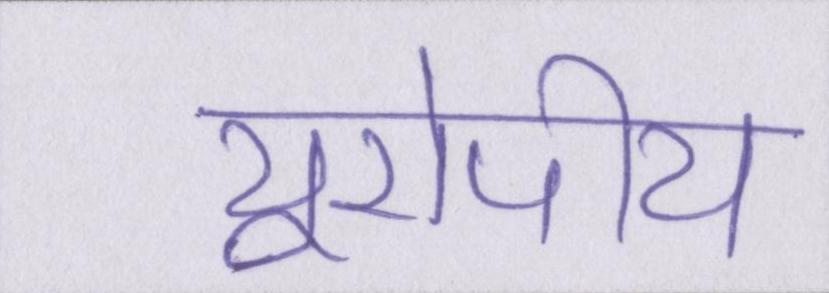
यूरोपीय